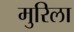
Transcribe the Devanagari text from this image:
मुरिला